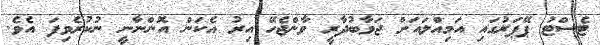
ޓެސްޓު ޕޭޕަރުގައި އަމިއްލައަށް ޖަވާބުދާރީ ވާންޖެހޭ އިރު އެކަން އޮންނާނީ ނުކުރެވިފަ އެވެ.